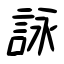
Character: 詠